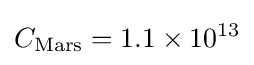
C_{\text{Mars}}=1.1\times 10^{13}